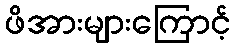
ဖိအားများကြောင့်